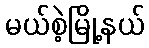
မယ်စဲ့မြို့နယ်